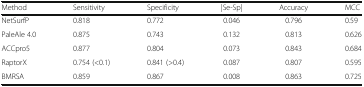
<table><thead><tr><td><b>Method</b></td><td><b>Sensitivity</b></td><td><b>Specificity</b></td><td><b>|Se-Sp|</b></td><td><b>Accuracy</b></td><td><b>MCC</b></td></tr></thead><tbody><tr><td>NetSurfP</td><td>0.818</td><td>0.772</td><td>0.046</td><td>0.796</td><td>0.59</td></tr><tr><td>PaleAle 4.0</td><td>0.875</td><td>0.743</td><td>0.132</td><td>0.813</td><td>0.626</td></tr><tr><td>ACCpro5</td><td>0.877</td><td>0.804</td><td>0.073</td><td>0.843</td><td>0.684</td></tr><tr><td>RaptorX</td><td>0.754 (&lt;0.1)</td><td>0.841 (&gt;0.4)</td><td>0.087</td><td>0.807</td><td>0.595</td></tr><tr><td>BMRSA</td><td>0.859</td><td>0.867</td><td>0.008</td><td>0.863</td><td>0.725</td></tr></tbody></table>